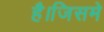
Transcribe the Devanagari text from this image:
है।जिसमे